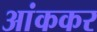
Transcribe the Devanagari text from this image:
आंककर